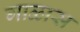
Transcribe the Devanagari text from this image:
गाळास